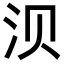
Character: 𬇙